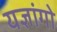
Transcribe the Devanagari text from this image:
यज्ञांगो